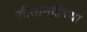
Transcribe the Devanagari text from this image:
सीतानदीच्या